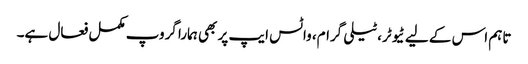
تاہم اس کے لیے ٹیوٹر، ٹیلی گرام، واٹس ایپ پر بھی ہمارا گروپ مکمل فعال ہے۔